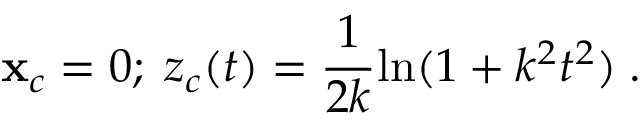
{ \bf x } _ { c } = 0 ; \; z _ { c } ( t ) = { \frac { 1 } { 2 k } } \mathrm { l n } ( 1 + k ^ { 2 } t ^ { 2 } ) \; .